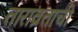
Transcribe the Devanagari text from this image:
ताराव्रताची